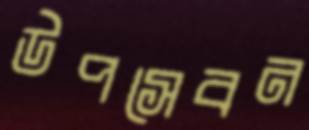
উপসেবন